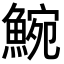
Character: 𩸩